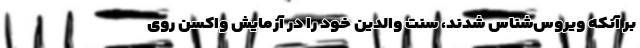
بر آنکه ویروس‌شناس شدند، سنتِ والدین خود را در آزمایشِ واکسن روی